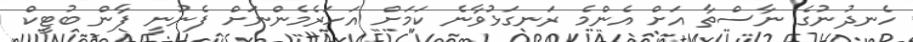
ހެނދުނުގެ ނާސްތާ އަށް އެންމެ ރަނގަޅުވާނެ ކަމަށް އަހަރެމެންނަށް ފެނުނީ ފާން ބުޓީކް